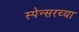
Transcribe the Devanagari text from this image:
स्पेन्सरच्या